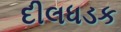
દીલધડક